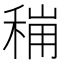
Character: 𮃋